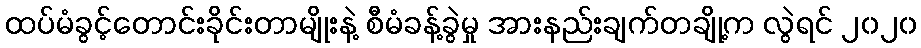
ထပ်မံခွင့်တောင်းခိုင်းတာမျိုးနဲ့ စီမံခန့်ခွဲမှု အားနည်းချက်တချို့က လွဲရင် ၂၀၂၀